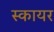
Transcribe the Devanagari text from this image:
स्कायर